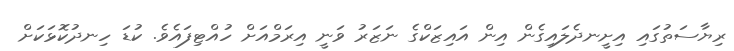
ރިޔާސަތުގައި އިށީނދެލައިގެން އިން އައިޒަކްގެ ނަޒަރު ވަނީ އިރަމްއަށް ހުއްޓިފައެވެ. ކުޑަ ހިނދުކޮޅަކަށް